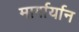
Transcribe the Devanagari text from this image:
मार्गार्यान